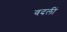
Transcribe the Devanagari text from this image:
वदलीं